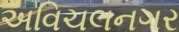
અવિચલનગર